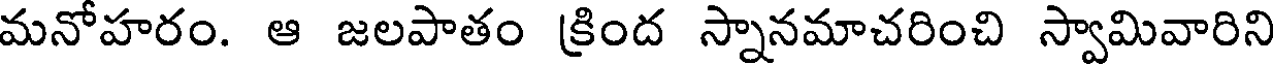
మనోహరం. ఆ జలపాతం క్రింద స్నానమాచరించి స్వామివారిని